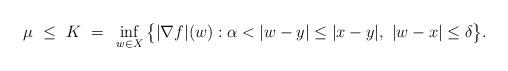
LaTeX: \begin{align*}\mu ~\le~ K ~=~ \inf_{w \in X} \big\{ |\nabla f|(w) : \alpha < |w-y| \le |x-y|,~ |w-x| \le \delta \big\}.\end{align*}